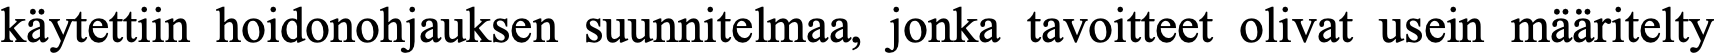
käytettiin hoidonohjauksen suunnitelmaa, jonka tavoitteet olivat usein määritelty